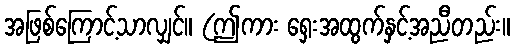
အဖြစ်ကြောင့်သာလျှင်။ (ဤကား ရှေးအထွက်နှင့်အညီတည်း။